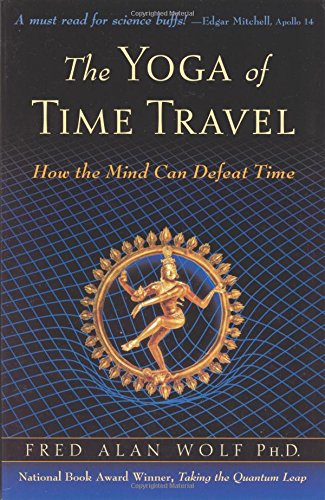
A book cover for The Yoga of Time Travel: How the Mind Can Defeat Time; Fred Alan Wolf; Science & Math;